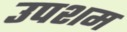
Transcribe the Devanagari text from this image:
उपशम